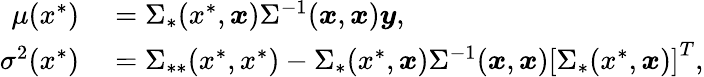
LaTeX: \begin{array}{rl}{\mu(x^{*})}&{{}=\Sigma_{*}(x^{*},\boldsymbol{x})\Sigma^{-1}(\boldsymbol{x},\boldsymbol{x})\boldsymbol{y},}\\ {\sigma^{2}(x^{*})}&{{}=\Sigma_{**}(x^{*},x^{*})-\Sigma_{*}(x^{*},\boldsymbol{x})\Sigma^{-1}(\boldsymbol{x},\boldsymbol{x})\left[\Sigma_{*}(x^{*},\boldsymbol{x})\right]^{T},}\end{array}